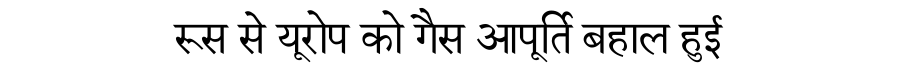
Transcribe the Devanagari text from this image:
रूस से यूरोप को गैस आपूर्ति बहाल हुई